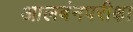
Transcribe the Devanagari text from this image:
आलबंनपरीक्षा